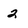
Character: 2